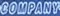
COMPANY